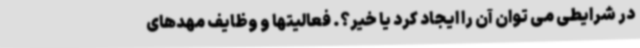
در شرایطی می توان آن را ایجاد کرد یا خیر؟. فعالیتها و وظایف مهدهای